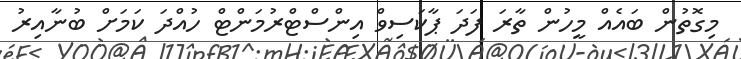
މިގޮތުން ބައެއް މީހުން ތާރަ ފަދަ ޕާކަސިވް އިންސްޓްރުމަންޓް ހުއްދަ ކަމަށް ބުނާއިރު